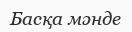
Басқа мәнде